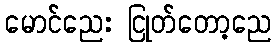
မောင်ညေး ငြုတ်တော့ညေ